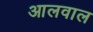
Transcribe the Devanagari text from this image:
आलवाल